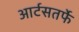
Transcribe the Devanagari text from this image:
आर्टसतर्फे